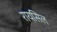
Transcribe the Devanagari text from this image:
रायसिल